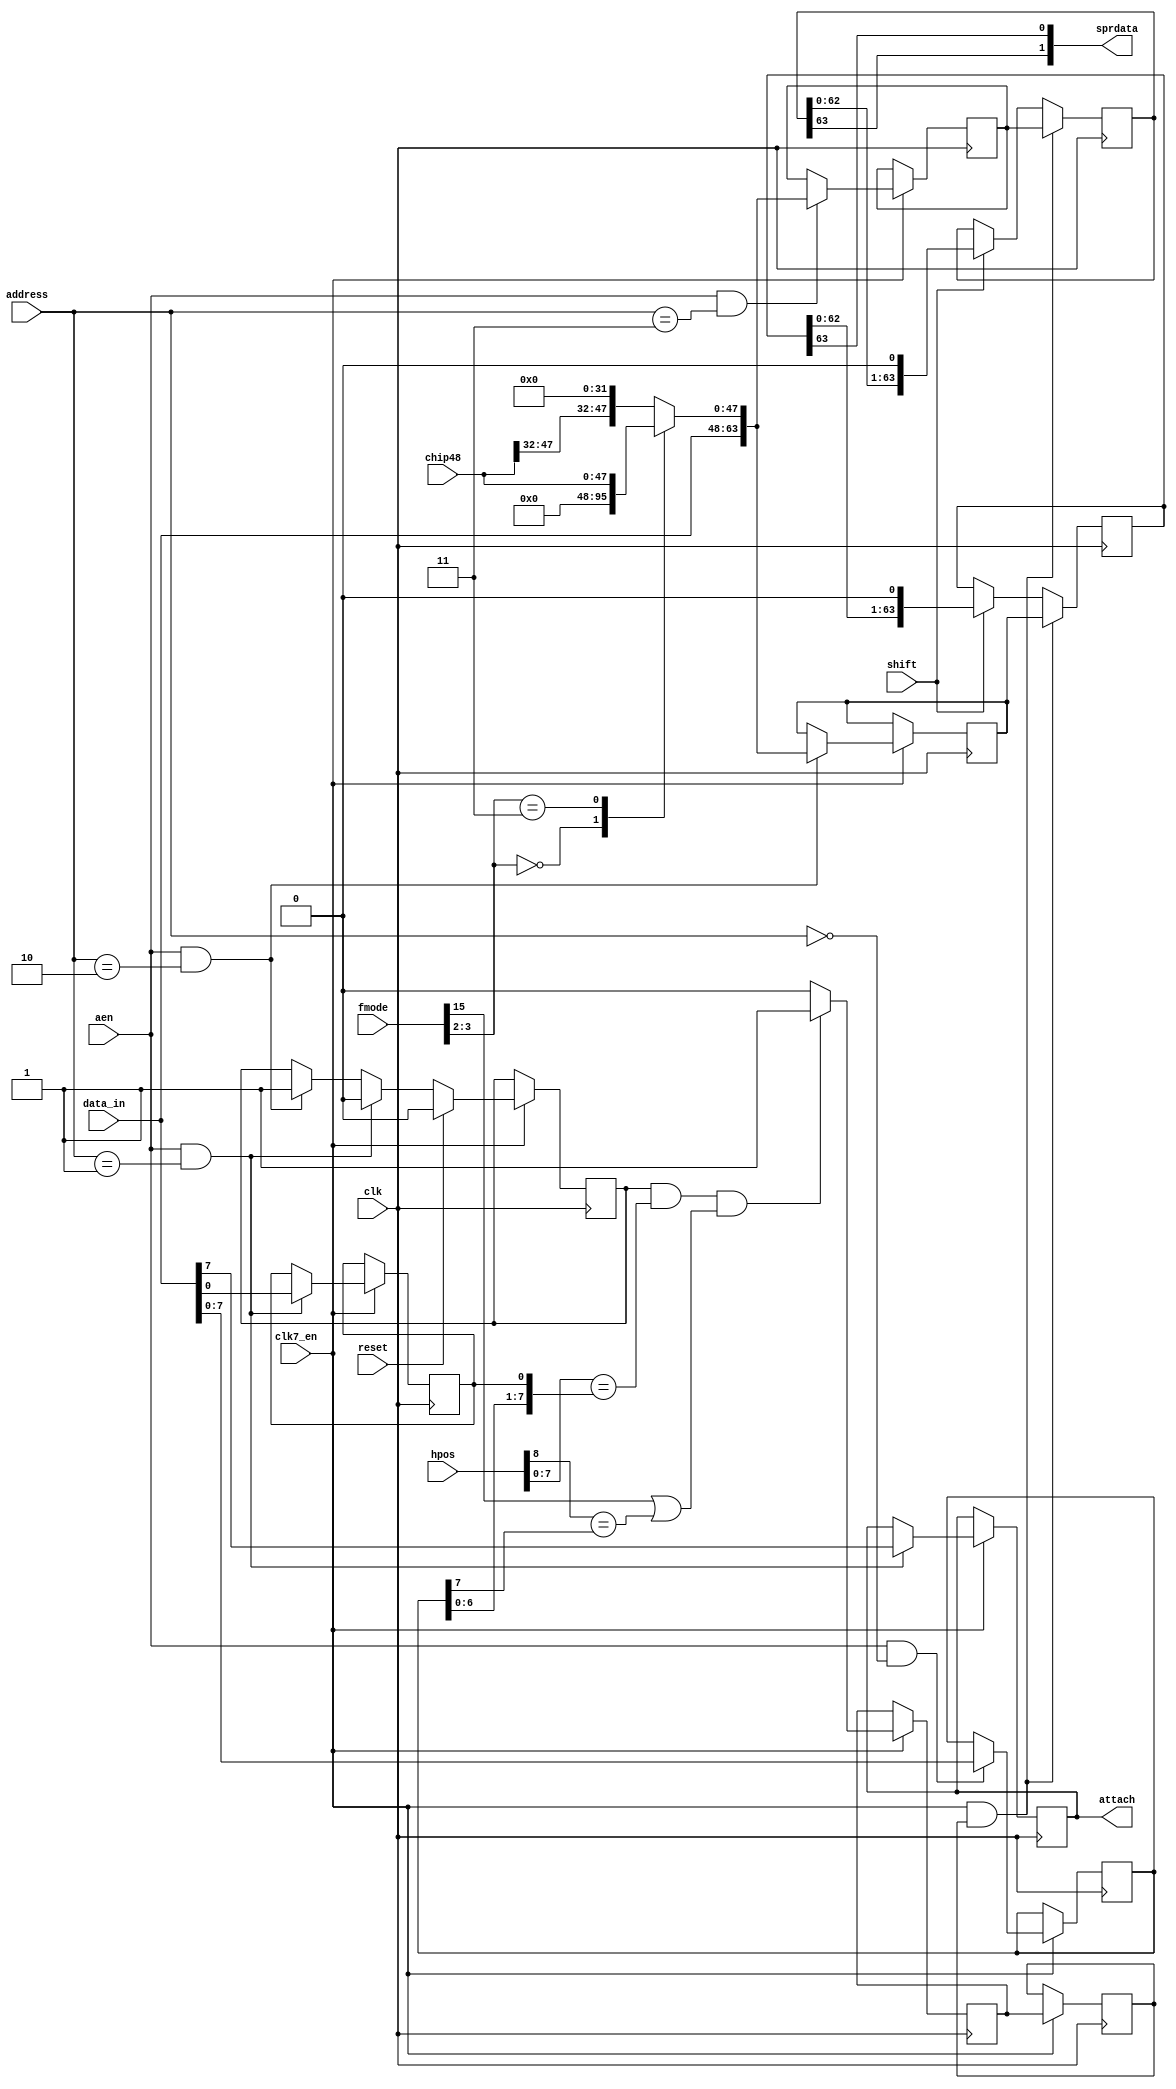
// -*- mode: verilog; mode: font-lock; indent-tabs-mode: nil -*-
// vi: set et ts=3 sw=3 sts=3:
//
// Copyright 2006, 2007 Dennis van Weeren
//
// This file is part of Minimig
//
// Minimig is free software; you can redistribute it and/or modify
// it under the terms of the GNU General Public License as published by
// the Free Software Foundation; either version 3 of the License, or
// (at your option) any later version.
//
// Minimig is distributed in the hope that it will be useful,
// but WITHOUT ANY WARRANTY; without even the implied warranty of
// MERCHANTABILITY or FITNESS FOR A PARTICULAR PURPOSE.  See the
// GNU General Public License for more details.
//
// You should have received a copy of the GNU General Public License
// along with this program.  If not, see <http://www.gnu.org/licenses/>.
//
//
//
// this is the sprite parallel to serial converter
// clk is 7.09379 MHz (low resolution pixel clock)
// the sprdata assign circuitry is constructed differently from the hardware
// as described  in the amiga hardware reference manual
// this is to make sure that the horizontal start position of a sprite
// aligns with the bitplane/playfield start position


module denise_sprites_shifter
  (
   input  wire        clk,          // 28MHz clock
   input  wire        clk7_en,
   input  wire        reset,        // reset
   input  wire        aen,          // address enable
   input  wire [ 1:0] address,      // register address input
   input  wire [ 8:0] hpos,         // horizontal beam counter
   input  wire [15:0] fmode,
   input  wire        shift,
   input  wire [47:0] chip48,
   input  wire [15:0] data_in,      // bus data in
   output wire [ 1:0] sprdata,      // serialized sprite data out
   output reg         attach        // sprite is attached
   );

   // register names and adresses
   parameter POS  = 2'b00;
   parameter CTL  = 2'b01;
   parameter DATA = 2'b10;
   parameter DATB = 2'b11;

   // local signals
   reg [63:0]         datla;       // data register A
   reg [63:0]         datlb;       // data register B
   reg [63:0]         shifta;      // shift register A
   reg [63:0]         shiftb;      // shift register B
   reg [63:0]         spr_fmode_dat;
   reg [8:0]          hstart;      // horizontal start value
   reg                armed;       // sprite "armed" signal
   reg                load;        // load shift register signal
   reg                load_del;

   //--------------------------------------------------------------------------------------

   // switch data according to fmode
   always @ (*) begin
      case(fmode[3:2])
        2'b00   : spr_fmode_dat = {data_in, 48'h000000000000};
        2'b11   : spr_fmode_dat = {data_in, chip48[47:0]};
        default : spr_fmode_dat = {data_in, chip48[47:32], 32'h00000000};
      endcase
   end

   // generate armed signal
   always @(posedge clk)
     if (clk7_en) begin
        if (reset) // reset disables sprite
          armed <= 0;
        else if (aen && address==CTL) // writing CTL register disables sprite
          armed <= 0;
        else if (aen && address==DATA) // writing data register A arms sprite
          armed <= 1;
     end

   //--------------------------------------------------------------------------------------

   // generate load signal
   always @(posedge clk)
     if (clk7_en) begin
        load <= armed && (hpos[7:0] == hstart[7:0]) && (fmode[15] || (hpos[8] == hstart[8])) ? 1'b1 : 1'b0;
     end

   always @(posedge clk)
     if (clk7_en) begin
        load_del <= load;
     end

   //--------------------------------------------------------------------------------------

   // POS register
   always @(posedge clk)
     if (clk7_en) begin
        if (aen && address==POS)
          hstart[8:1] <= data_in[7:0];
     end

   // CTL register
   always @(posedge clk)
     if (clk7_en) begin
        if (aen && address==CTL)
          {attach,hstart[0]} <= {data_in[7],data_in[0]};
     end

   // data register A
   always @(posedge clk)
     if (clk7_en) begin
        if (aen && address==DATA)
          datla[63:0] <= spr_fmode_dat;
     end

   // data register B
   always @(posedge clk)
     if (clk7_en) begin
        if (aen && address==DATB)
          datlb[63:0] <= spr_fmode_dat;
     end

   //--------------------------------------------------------------------------------------

   // sprite shift register
   always @(posedge clk)
     if (clk7_en && load_del) begin // load new data into shift register
        shifta[63:0] <= datla[63:0];
        shiftb[63:0] <= datlb[63:0];
     end
     else if (shift) begin
        shifta[63:0] <= {shifta[62:0],1'b0};
        shiftb[63:0] <= {shiftb[62:0],1'b0};
     end

   // assign serialized output data
   assign sprdata[1:0] = {shiftb[63],shifta[63]};

   //--------------------------------------------------------------------------------------

endmodule